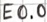
Text: E0.0